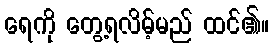
ရေကို တွေ့ရလိမ့်မည် ထင်၏။